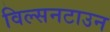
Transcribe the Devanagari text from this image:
विल्सनटाउन